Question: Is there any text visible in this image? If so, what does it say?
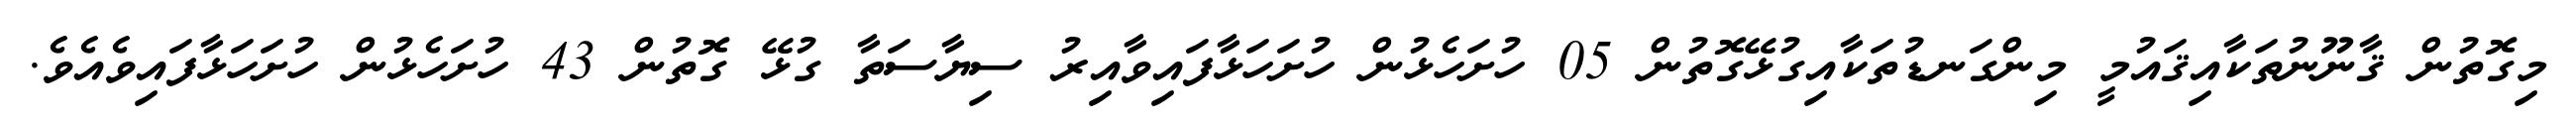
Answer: މިގޮތުން ޤާނޫނުތަކާއިޤައުމީ މިންގަނޑުތަކާއިގުޅޭގޮތުން 05 ހުށަހެޅުން ހުށަހަޅާފައިވާއިރު ސިޔާސަތާ ގުޅޭ ގޮތުން 43 ހުށަހެޅުން ހުށަހަޅާފައިވެއެވެ.